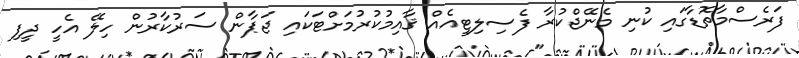
ފަރެސްމާތޮޑާގައި ކުނި މެނޭޖްކުރާ ފެސިލިޓީއެއް ޤާއިމުކުރުމަށްޓަކައި ޖަޕާން ސަރުކާރުން ހިލޭ އެހީ ދީފި